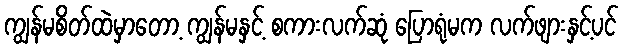
ကျွန်မစိတ်ထဲမှာတော့ ကျွန်မနှင့် စကားလက်ဆုံ ပြောရုံမက လက်ဖျားနှင့်ပင်